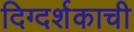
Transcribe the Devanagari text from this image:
दिग्दर्शकाची